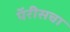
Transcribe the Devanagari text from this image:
पॅरीसचा